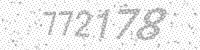
Solution: 772178